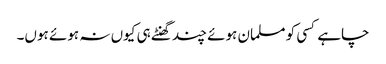
چاہے کسی کو مسلمان ہوئے چند گھنٹے ہی کیوں نہ ہوئے ہوں۔